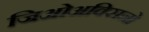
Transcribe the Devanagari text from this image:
जिओअक्सिनो